Report on the bubonic plague in Bombay, 1896-1897
Year: 1896
Disease focus: Plague
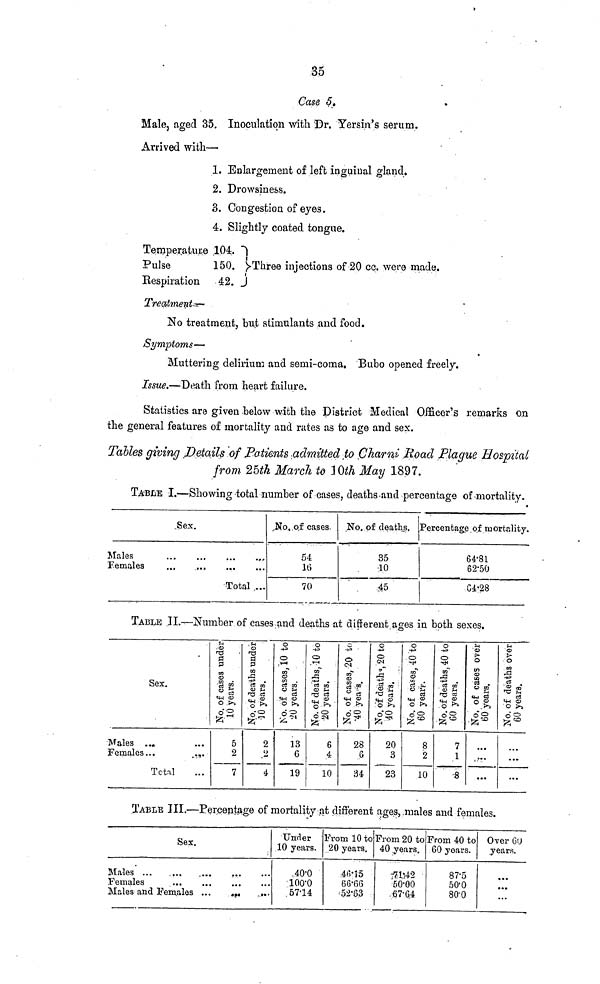
35
Case 5.
Male, aged 35. Inoculation with Dr. Yersin's serum.
Arrived with—
1. Enlargement of left inguinal gland.
2. Drowsiness.
3. Congestion of eyes.
4. Slightly coated tongue.
Temperature
Pulse
Respiration
104.
150.
42.
Three injections of 20 cc. were made.
Treatment—
No treatment, but stimulants and food.
Symptoms—
Muttering delirium and semi-coma. Bubo opened freely.
Issue.—Death from heart failure.
Statistics are given below with the District Medical Officer's remarks on
the general features of mortality and rates as to age and sex.
Tables giving Details of Patients admitted to Charni Road Plague Hospital
from 25th March to 10th May 1897.
TABLE I.—Showing-total number of cases, deaths and percentage of mortality.
Sex.
Males
Females
...
...
...
...
...
...
...
...
Total ...
No.o.f cases.
54
16
70
No. of deaths.
35
10
45
Percentage of mortality.
64.81
62.50
64.28
TABLE II.—Number of cases and deaths at different ages in both sexes.
Sex.
Males ... ...
Females... ...
Total
No. of cases under
10 years
5
2
7
No. of cases under
10 years
2
4
No. of cases under
10 to 20 years
13
6
19
No. of cases under
10 to 20 years
6
4
10
No. of cases under
20 to 40 years
28
3
34
No. of cases under
20 to 40 years
20
3
23
No. of cases under
40 to 60 years
8
2
10
No. of cases under
40 to 60 years
7
1
8
No. of cases over
60 years.
...
...
No. of cases over
60 years.
...
...
TABLE III.—Percentage of mortality at different ages, .males and females.
Sex.
Males ...
...
...
...
...
Females
...
...
...
...
Males and Females ...
...
...
Under
,10 years.
40.0
100.0
5714
From 10 to
20 years.
46.15
66.66
52.63
From 20 to
40 years.
7142
50.00
67.64
From 40 to
60 years.
87.5
50.0
80.0
Over 60
years.
...
...
...